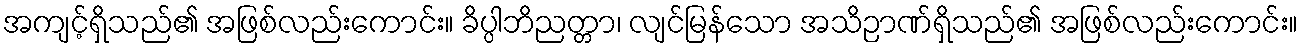
အကျင့်ရှိသည်၏ အဖြစ်လည်းကောင်း။ ခိပ္ပါဘိညတ္တာ၊ လျင်မြန်သော အသိဉာဏ်ရှိသည်၏ အဖြစ်လည်းကောင်း။